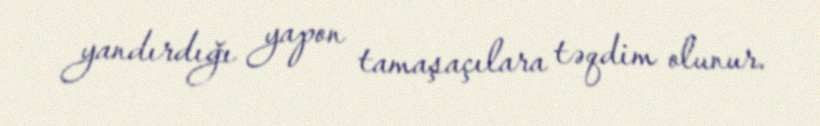
yandırdığı yapon tamaşaçılara təqdim olunur.